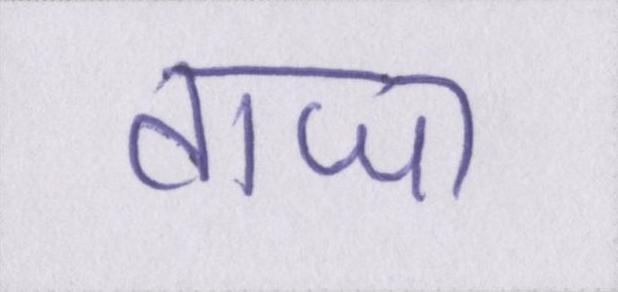
ताजा